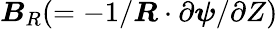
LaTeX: \boldsymbol{B}_{R}(=-1/\boldsymbol{R}\cdot\partial\boldsymbol{\psi}/\partial Z)